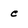
Character: c